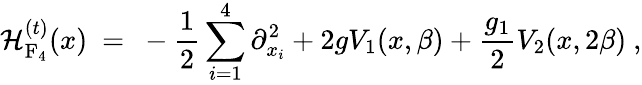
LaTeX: {\cal\mathcal{H}}_{\mathrm{{F_{4}}}}^{(t)}(x)\ =\ -\frac{{1}}{{2}}\sum_{i=1}^{4}\partial_{x_{i}}^{2}+2gV_{1}(x,\beta)+\frac{{g_{1}}}{{2}}V_{2}(x,2\beta)\ ,